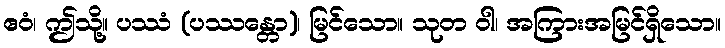
ဧဝံ၊ ဤသို့။ ပဿံ (ပဿန္တော)၊ မြင်သော။ သုတ ဝါ၊ အကြားအမြင်ရှိသော။